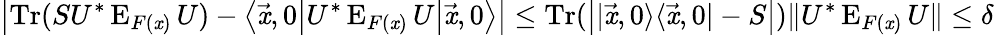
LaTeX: \left|\operatorname{Tr}(SU^{*}\operatorname{E}_{F(\mathit{x})}U)-\left\langle{\vec{{\mathit{x}}}},0{\big|}U^{*}\operatorname{E}_{F(\mathit{x})}U{\big|}{\vec{{\mathit{x}}}},0\right\rangle\right|\leq\operatorname{Tr}({\big|}|{\vec{{\mathit{x}}}},0\rangle\langle{\vec{{\mathit{x}}}},0|-S{\big|})\| U^{*}\operatorname{E}_{F(\mathit{x})}U\| \leq\delta